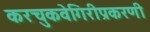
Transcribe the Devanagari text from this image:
करचुकवेगिरीप्रकरणी